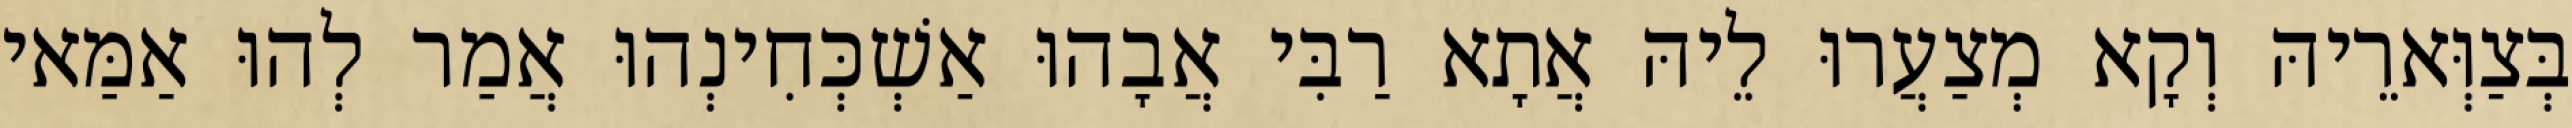
בְּצַוְּארֵיהּ וְקָא מְצַעֲרוּ לֵיהּ אֲתָא רַבִּי אֲבָהוּ אַשְׁכְּחִינְהוּ אֲמַר לְהוּ אַמַּאי